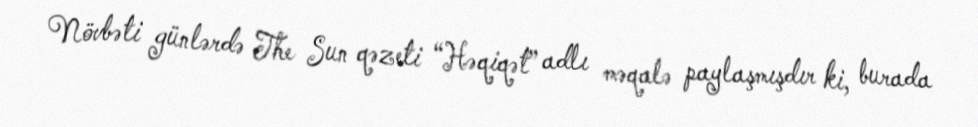
Növbəti günlərdə The Sun qəzeti “Həqiqət” adlı məqalə paylaşmışdır ki, burada